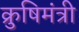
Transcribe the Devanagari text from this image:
क्रुषिमंत्री